Scientific memoirs by medical officers of the Army of India - Part X,
Year: 1897
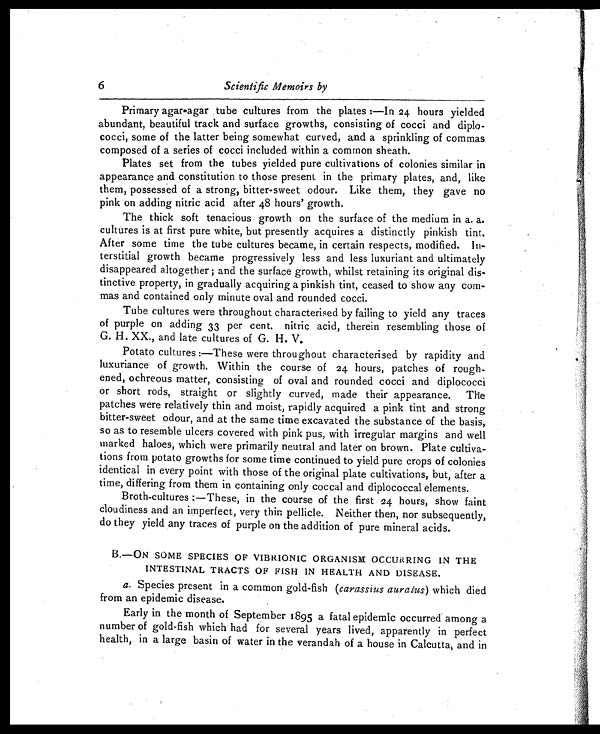
6
Scientific Memoirs by
Primary agar-agar tube cultures from the plates :—In 24 hours yielded
abundant, beautiful track and surface growths, consisting of cocci and diplo
-cocci, some of the latter being somewhat curved, and a sprinkling of commas
composed of a series of cocci included within a common sheath.
Plates set from the tubes yielded pure cultivations of colonies similar in
appearance and constitution to those present in the primary plates, and, like
them, possessed of a strong, bitter-sweet odour. Like them, they gave no
pink on adding nitric acid after 48 hours' growth.
The thick soft tenacious growth on the surface of the medium in a. a.
cultures is at first pure white, but presently acquires a distinctly pinkish tint.
After some time the tube cultures became, in certain respects, modified. In
- t e r s t i t i a l g r o w t h b e c a m e p r o g r e s s i v e l y l e s s a n d l e s s l u x u r i a n t a n d u l t i m a t e l y
disappeared altogether and the surface growth, whilst retaining its original dis-
tinctive property, in gradually acquiring a pinkish tint, ceased to show any co
m - m a s a n d c o n t a i n e d o n l y m i n u t e o v a l a n d r o u n d e d c o c c i .
Tube cultures were throughout characterised by failing to yield any traces
of purple on adding 33 per cent. nitric acid, therein resembling those of
G. H. XX., and late cultures of G. H. V.
Potato cultures :—These were throughout characterised by rapidity and
luxuriance of growth. Within the course of 24 hours, patches of rough
ened, ochreous matter, consisting of oval and rounded cocci and diplococci
or short rods, straight or slightly curved, made their appearance. The
patches were relatively thin and moist, rapidly acquired a pink tint and strong
bitter-sweet odour, and at the same time excavated the substance of the basis,
so as to resemble ulcers covered with pink pus, with irregular margins and well
marked haloes, which were primarily neutral and later on brown. Plate cultiva
- t i o n s f r o m p o t a t o g r o w t h s f o r s o m e t i m e c o n t i n u e d t o y i e l d p u r e c r o p s o f c o l o n i e s
identical in every point with those of the original plate cultivations, but, after a
time, differing from them in containing only coccal and diplococcal elements.
Broth-cultures :—These, in the course of the first 24 hours, show faint
cloudiness and an imperfect, very thin pellicle. Neither then, nor subsequently,
do they yield any traces of purple on the addition of pure mineral acids.
B.—ON SOME SPECIES OF VIBRIONIC ORGANISM OCCURRING IN THE
INTESTINAL TRACTS OF FISH IN HEALTH AND DISEASE.
a. Species present in a common gold-fish ( carassius auralus ) which died
from an epidemic disease.
Early in the month of September 1895 a fatal epidemic occurred among a
number of gold-fish which had for several years lived, apparently in perfect
health, in a large basin of water in the verandah of a house in Calcutta, and in